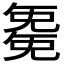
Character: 𭀱